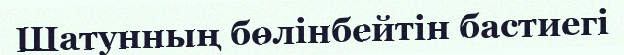
Шатунның бөлінбейтін бастиегі